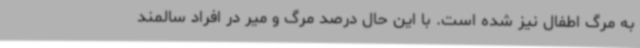
به مرگ اطفال نیز شده است. با این حال درصد مرگ و میر در افراد سالمند